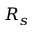
R _ { s }